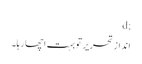
;d
اندازِ تحریر تو بہت اچھا رہا۔